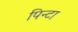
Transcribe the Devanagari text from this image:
पिन्टा